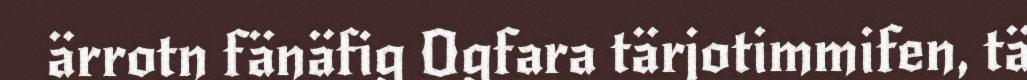
ärrotn fänäfig Ogfara tärjotimmifen, tä